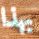
بهذا